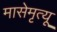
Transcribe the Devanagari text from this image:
मासेमृत्यू